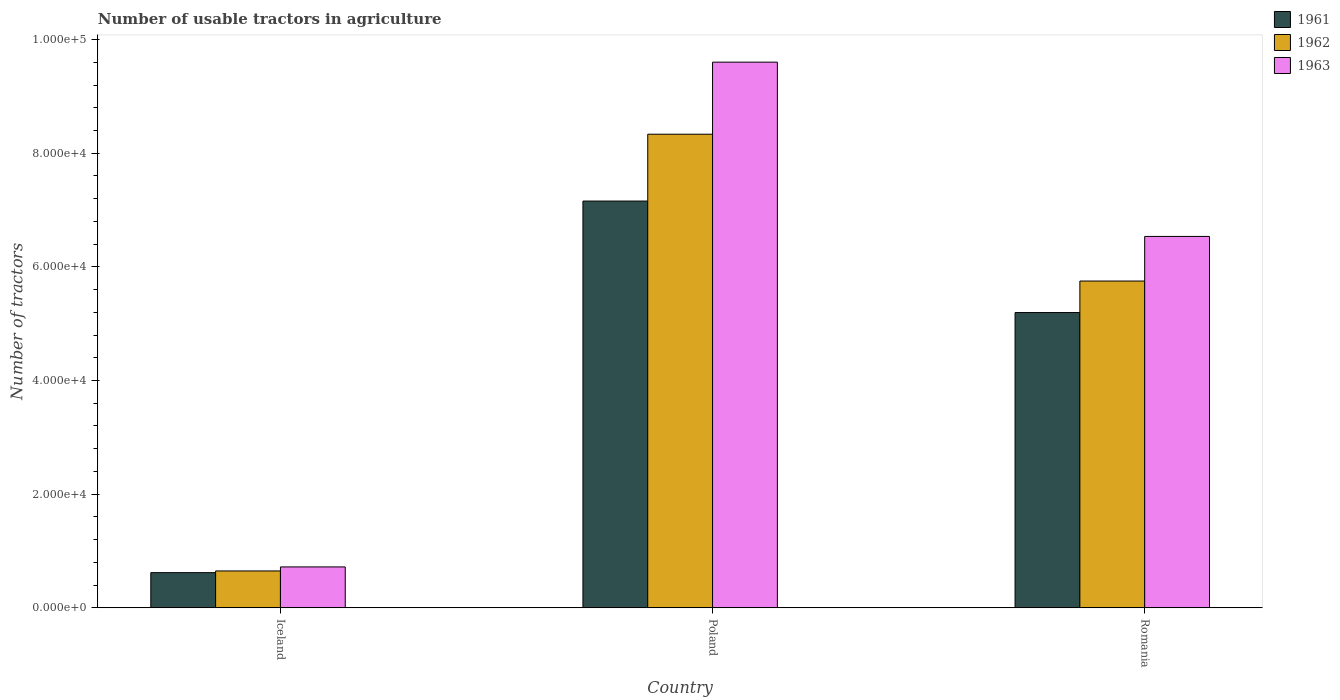
| Country | 1961 | 1962 | 1963 |
 | --- | --- | --- | --- |
 | Iceland | 6.18e+03 | 6.48e+03 | 7.19e+03 |
 | Poland | 7.16e+04 | 8.33e+04 | 9.6e+04 |
 | Romania | 5.2e+04 | 5.75e+04 | 6.54e+04 |